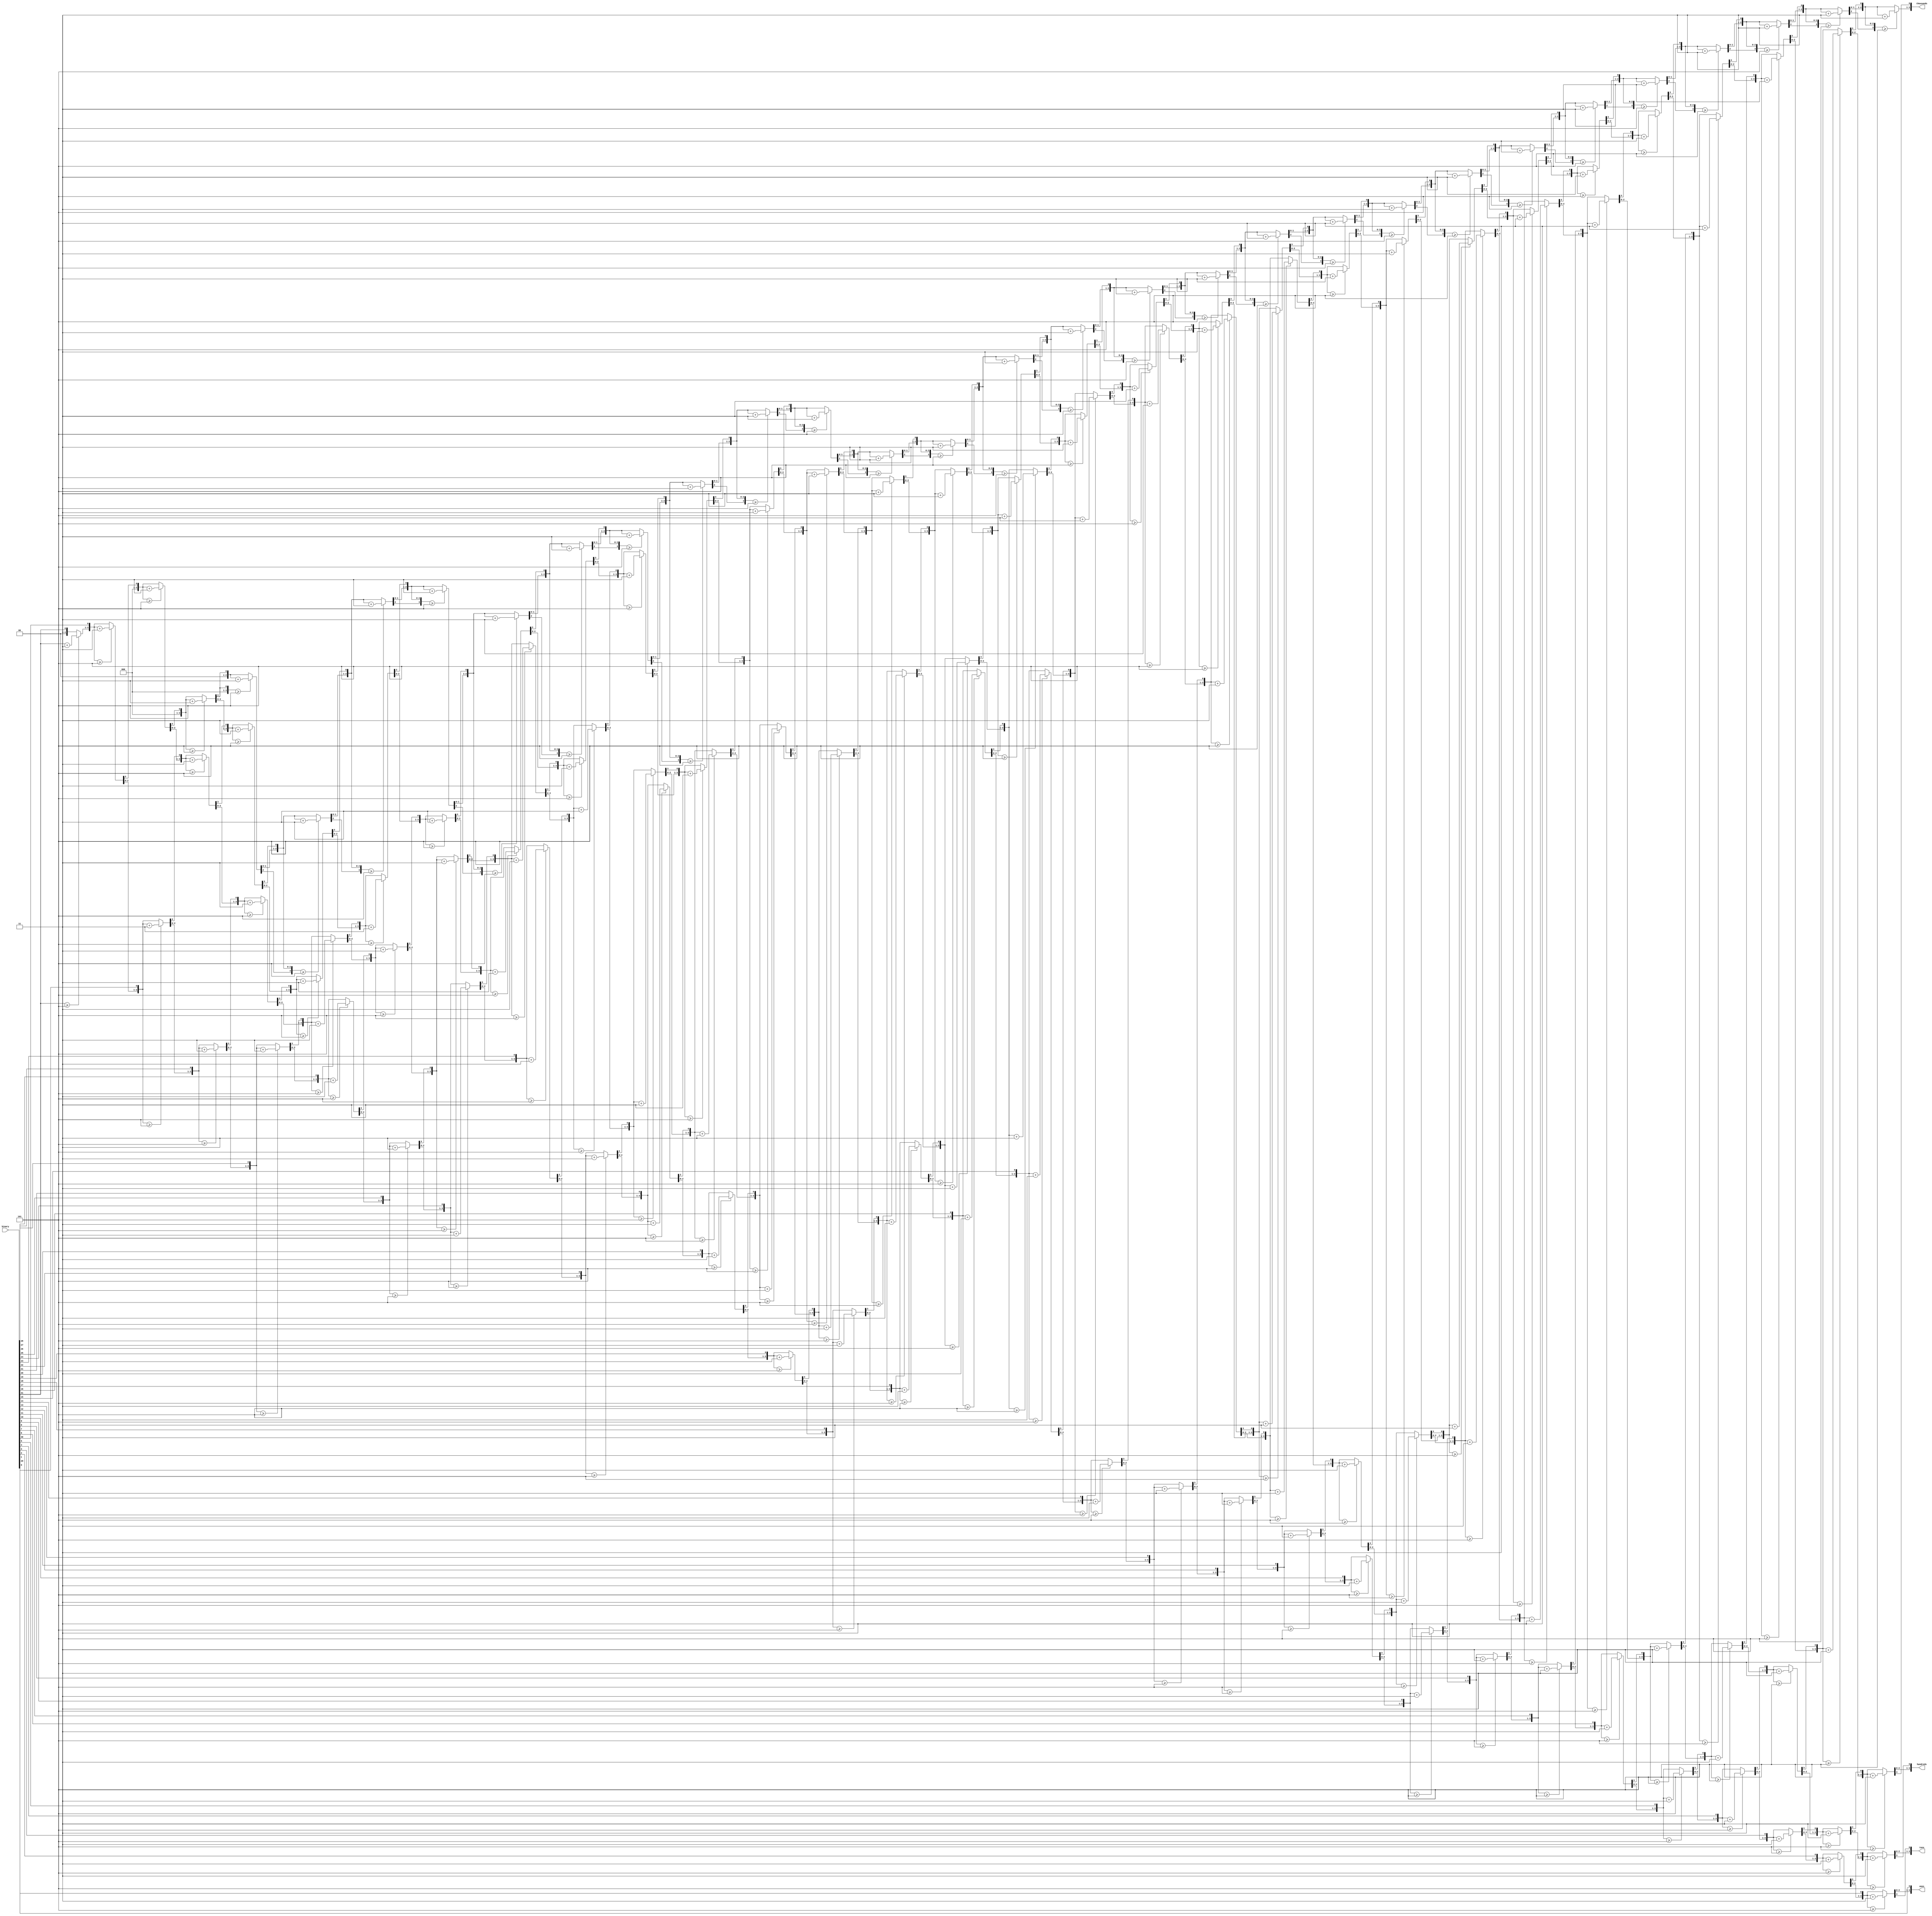
module Bin2BCD(binary, ones, tens, hundreds, thousands);

  input [31:0] binary;
  output reg [3:0] ones, tens, hundreds, thousands;
  reg [3:0] gazillions,trillions,billions,millions;
  integer i;

  always @ ( binary ) begin

    gazillions = 4'b0;
    trillions = 4'b0;
	 billions = 4'b0;
    millions = 4'b0;
    thousands = 4'b0;
    hundreds = 4'b0;
    tens = 4'b0;
    ones = 4'b0;

    for(i=31; i>=0; i=i-1)
    begin
      if(gazillions >= 5)
        gazillions = gazillions + 3;
      if(trillions >= 5)
        trillions = trillions + 3;
      if(billions >= 5)
        billions = billions + 3;
      if(millions >= 5)
        millions = millions + 3;
      if(thousands >= 5)
        thousands = thousands + 3;
      if(hundreds >= 5)
        hundreds = hundreds + 3;
      if (tens >= 5)
        tens = tens + 3;
      if(ones >=5)
        ones = ones + 3;

      gazillions = gazillions << 1;
      gazillions[0] = trillions[3];
      trillions = trillions << 1;
      trillions[0] = billions[3];
      billions = billions << 1;
      billions[0] = millions[3];
      millions = millions << 1;
      millions[0] = thousands[3];
      thousands = thousands << 1;
      thousands[0] = hundreds[3];
      hundreds = hundreds << 1;
      hundreds[0] = tens[3];
      tens = tens << 1;
      tens[0] = ones[3];
      ones = ones << 1;
      ones[0] = binary[i];
    end
  end

endmodule // BCD
// http://www.eng.utah.edu/~nmcdonal/Tutorials/BCDTutorial/BCDConversion.html